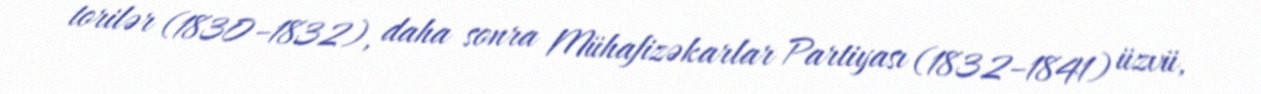
torilər (1830–1832), daha sonra Mühafizəkarlar Partiyası (1832–1841) üzvü,